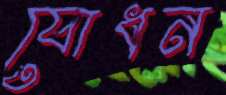
যোধন